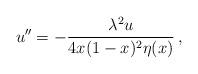
LaTeX: \begin{align*}u'' = - \frac{\lambda^2 u}{4x(1-x)^2\eta (x)}\,,\end{align*}